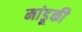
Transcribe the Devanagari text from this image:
मांडूकी